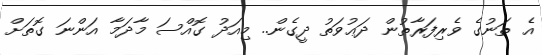
އެ ތަނުގެ ވެރިފަރާތުން ދަޢުވަތު ދީގެން.. މިއަދު ގޮއްސަ މާދަމާ އަންނަ ގޮތަށް